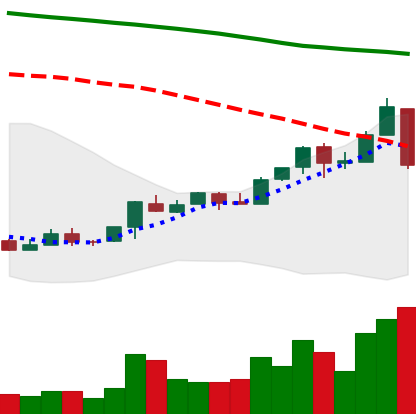
Ticker: ETC-USD
Chart end date: 2018-04-25
Forward return: 16.684%
Label: up_7plus